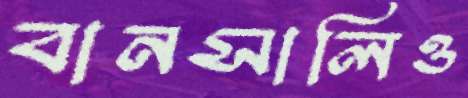
বানসালিও